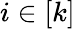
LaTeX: i\in\left[k\right]